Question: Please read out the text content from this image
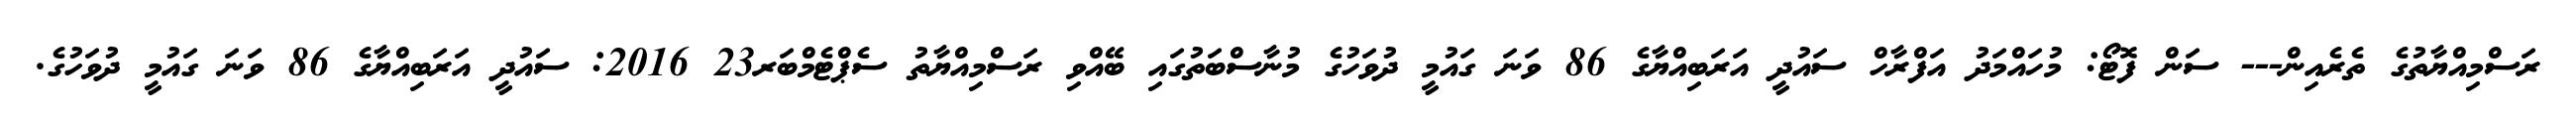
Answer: ރަސްމިއްޔާތުގެ ތެރެއިން--- ސަން ފޮޓޯ: މުހައްމަދު އަފްރާހް ސައުދީ އަރަބިއްޔާގެ 86 ވަނަ ގައުމީ ދުވަހުގެ މުނާސްބަތުގައި ބޭއްވި ރަސްމިއްޔާތު ސެޕްޓެމްބަރ23 2016: ސައުދީ އަރަބިއްޔާގެ 86 ވަނަ ގައުމީ ދުވަހުގެ.